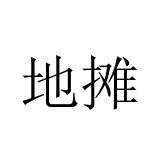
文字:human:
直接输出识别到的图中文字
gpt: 地摊